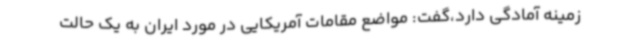
زمینه آمادگی دارد،گفت: مواضع مقامات آمریکایی در مورد ایران به یک حالت